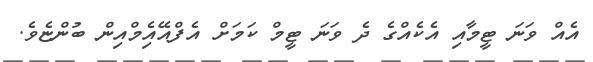
އެއް ވަނަ ޓީމާއި އެކެއްގެ ދެ ވަނަ ޓީމް ކަމަށް އެފްއޭއެިމްއިން ބުންޏެވެ.